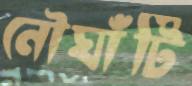
নৌঘাঁটি